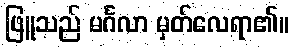
ဖြူသည် မင်္ဂလာ မှတ်လေရာ၏။